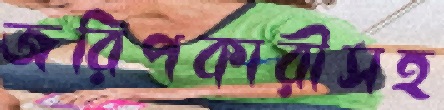
জরিপকারীসহ